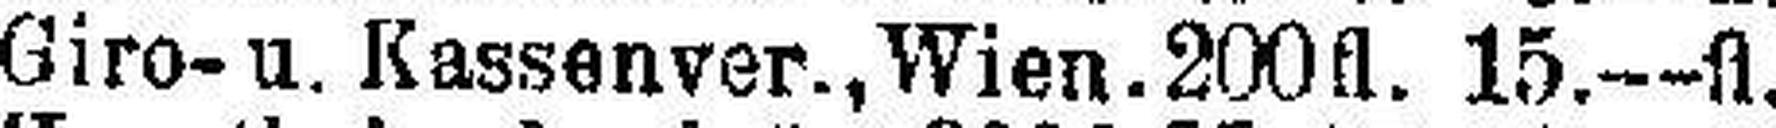
Giro- u. Kassenver., Wien. 200fl. 15.—fl.